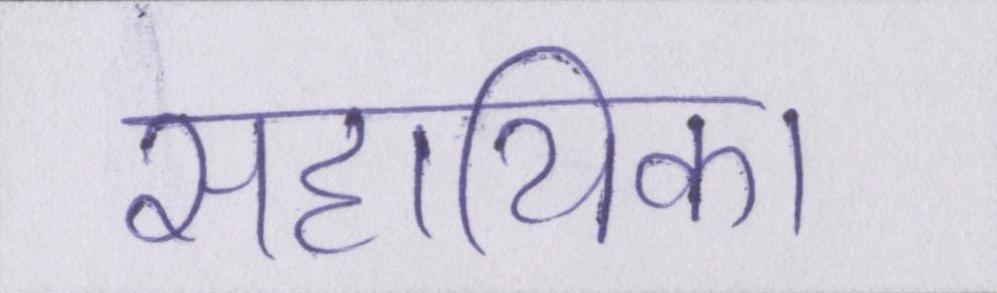
सहायिका